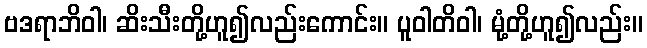
ဗဒရာဘိဝါ၊ ဆိးသီးတို့ဟူ၍လည်းကောင်း။ ပူဝါတိဝါ၊ မုံ့တို့ဟူ၍လည်း။